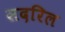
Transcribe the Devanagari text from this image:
सदरिल